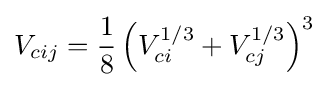
V_{cij}={\frac {1}{8}}\left(V_{ci}^{1/3}+V_{cj}^{1/3}\right)^{3}